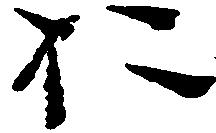
於